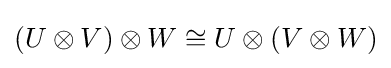
(U\otimes V)\otimes W\cong U\otimes (V\otimes W)